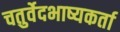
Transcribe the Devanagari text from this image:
चतुर्वेदभाष्यकर्ता